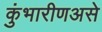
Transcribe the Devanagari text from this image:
कुंभारीणअसे